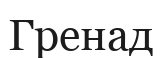
Гренад